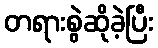
တရားစွဲဆိုခဲ့ပြီး